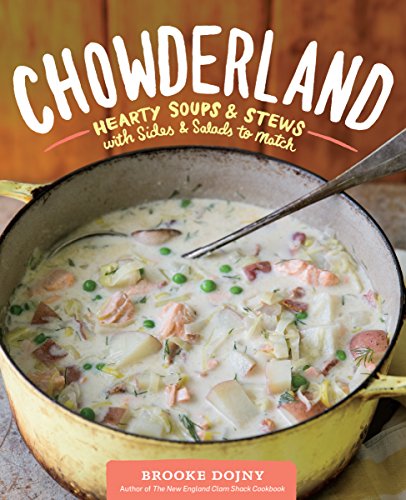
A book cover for Chowderland: Hearty Soups & Stews with Sides & Salads to Match; Brooke Dojny; Cookbooks, Food & Wine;